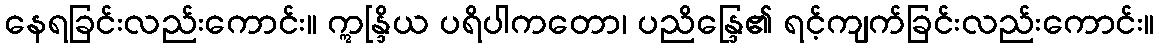
နေရခြင်းလည်းကောင်း။ ဣန္ဒြိယ ပရိပါကတော၊ ပညိန္ဒြေ၏ ရင့်ကျက်ခြင်းလည်းကောင်း။